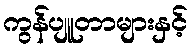
ကွန်ပျူတာများနှင့်